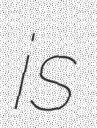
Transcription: is